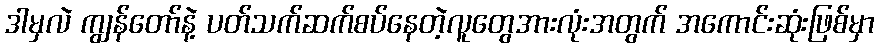
ဒါမှလဲ ကျွန်တော်နဲ့ ပတ်သက်ဆက်စပ်နေတဲ့လူတွေအားလုံးအတွက် အကောင်းဆုံးဖြစ်မှာ